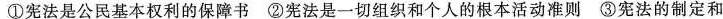
①宪法是公民基本权利的保障书②宪法是一切组织和个人的根本活动准则③宪法的制定和